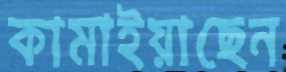
কামাইয়াছেন